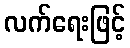
လက်ရေးဖြင့်